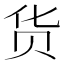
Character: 货